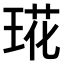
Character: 𤦙